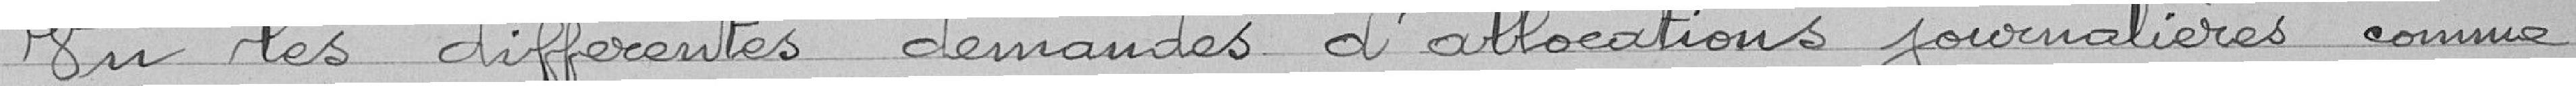
Vu les différentes demandes d'allocations journalières comme